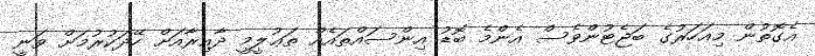
އެގޮތުން މިއަހަރުގެ ބަޖެޓުންވެސް އެންމެ ބޮޑު އިންސައްތައެއް ތަޢުލީމީ ދާއިރާއަށް ހޭދަކުރުމަށް ވަނީ